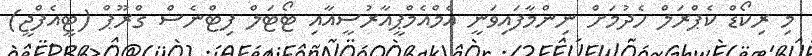
މި ރިކޯޑް ކެޕްރަލް ހެދުމަށް ނިންމާފައިވަނީ އެމްއެމްޕީއާރުސީއާއި ޓޯޓަލް ފިޓްނެސް ގްރޫޕް (ޓީއެފްޖީ)